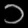
Digit: ၁